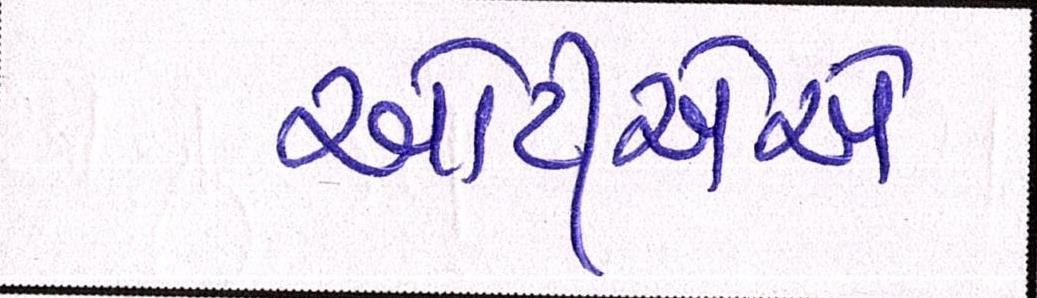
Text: ઓટીએએ